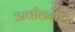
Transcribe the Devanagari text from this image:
अवाँछनीय